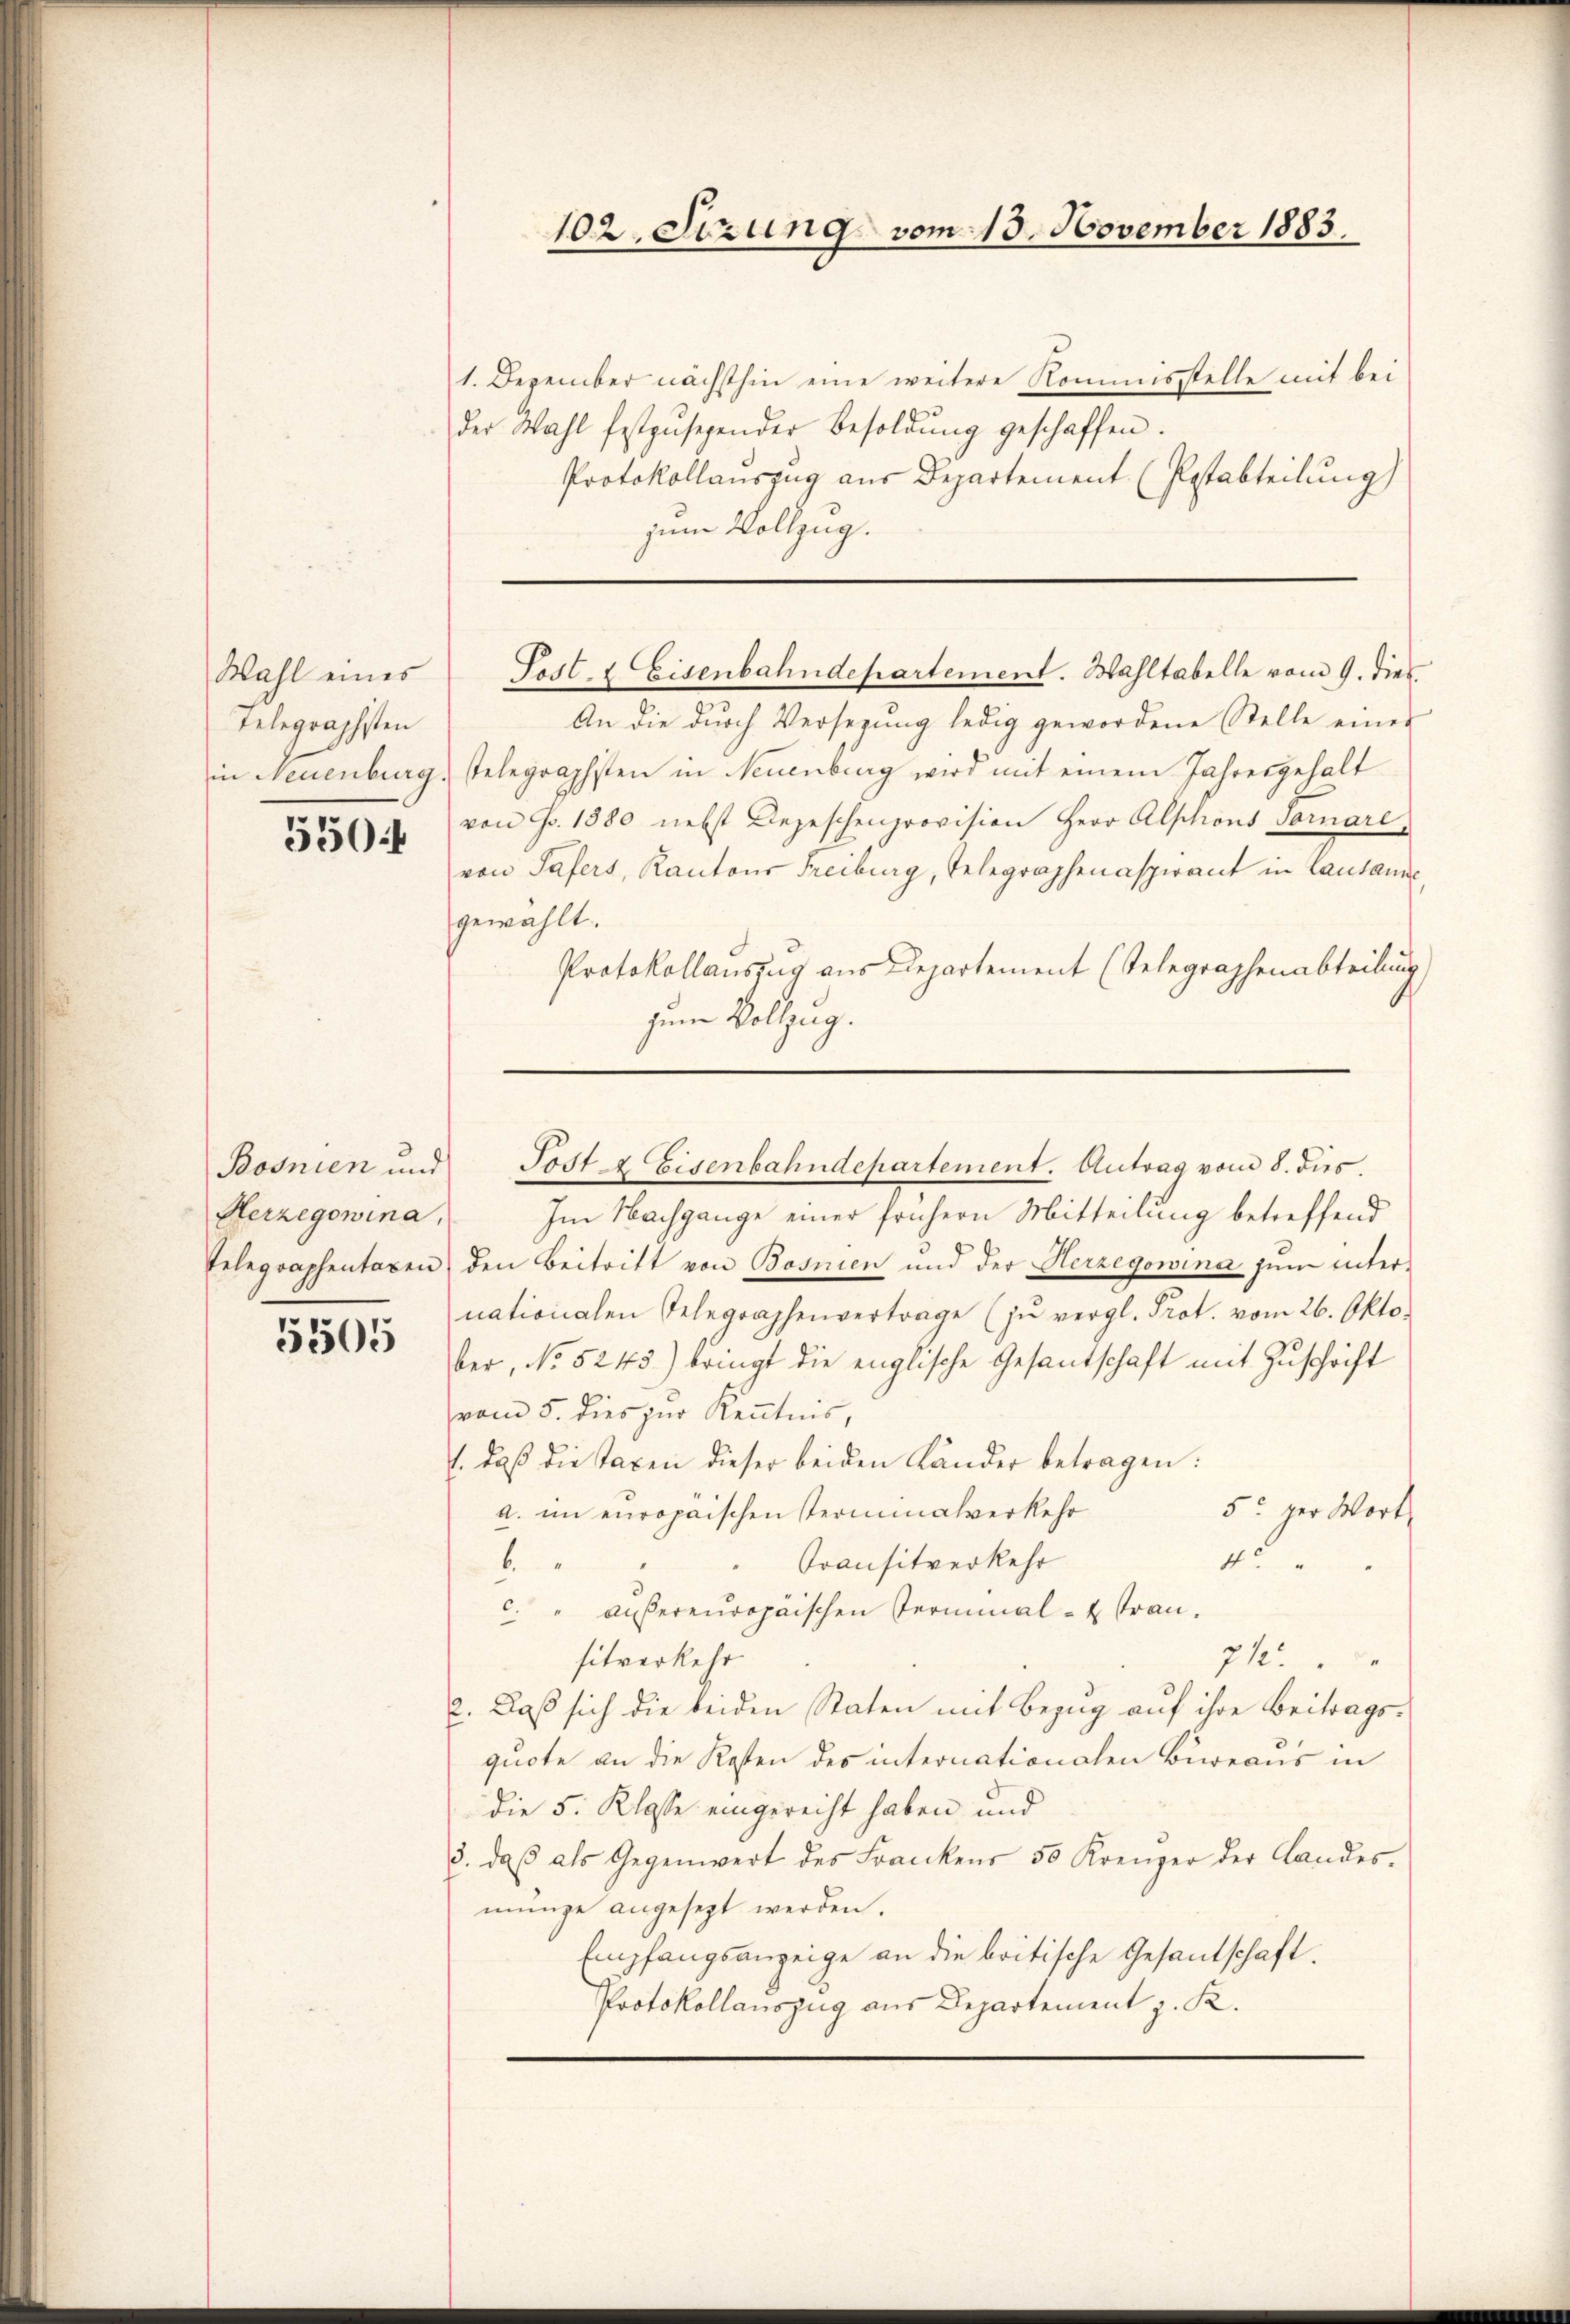
Wahl eines
Telegraphsten

550

Herzegowina,

5505

102. Setzung vom 15. November 1883.

1. Dezember nächsthin eine weitere Kommisstelle mit bei
der Wahl festzŭsehender Besoldŭng geschaffen.
Protokollauszug aus Departement (Pestabteilung)
zum Vollzug.

An die durch Versezung ledig gewordene Stelle eines
in Neuenburg, Telegraphisten in Neuenburg wird mit einem Jahresgehalt
von Fr. 1880 nebst Depeschenprovision Herr Alphons Fornare
von Safers, Kantons Freiburg, Telegraphenaspirant in Lausanne
gewählt.
Protokollauszug aus Departement (Telegraphenabteilung
zum Vollzug.
Im Nachgange einer frühern Mitteilung betreffend
Eelegraphentaxen den Beitritt von Bosnien und der Herzegowina zum internationalen Telegraphenvertrage (zŭ vergl. Prot. vom 26. Oktober, No 5245) bringt die englische Gesantschaft mit Zuschrift
(vom 5. dies zur Kenntnis,
. daß die Taxen dieser beiden Lander betragen:
5: per Wort
a. im europäischen Terminalverkehr
4
" Transitverkehr
b
c. " außereuropäischen Terminal- & Frau.
sitverkehr
712.
2. Daß sich die beiden Staten mit Bezug auf ihre Beitragsquote an die Kosten des internationalen Bureaus in
die 5. Klasse eingereicht haben und
3. daβ als Gegenwert des Frankens 50 Kreuzer der Landes-
munge angesezt werden.
Empfangsanzeige an die britische Gesandschaft.
Protokollauszug aus Departement z. K.

Post- & Eisenbahndepartement. Wahltabelle vom 9. dies

Bosnien und Post & Eisenbahndepartement. Antrag vom 8. dies